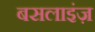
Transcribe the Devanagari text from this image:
बसलाइंज़